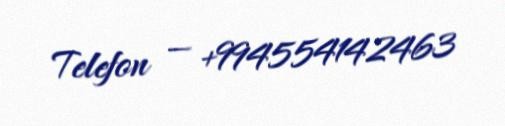
Telefon — +994554142463